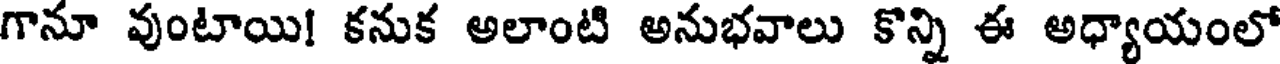
గానూ వుంటాయి! కనుక అలాంటి అనుభవాలు కొన్ని ఈ అధ్యాయంలో